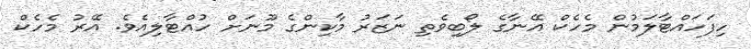
ހިފަހައްޓާލަމުން މެހެކް އޭނާގެ ލޯބިވެތި ނަޒަރު މާކިންގެ މޫނަށް ހުއްޓާލިއެވެ. އޭރު މެހެކް